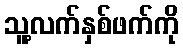
သူ့လက်နှစ်ဖက်ကို